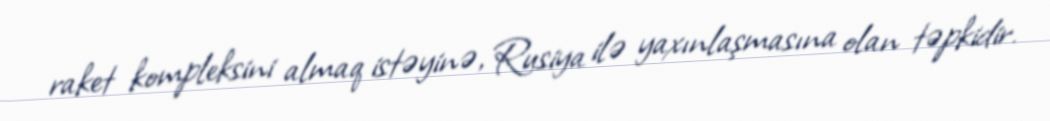
raket kompleksini almaq istəyinə, Rusiya ilə yaxınlaşmasına olan təpkidir.